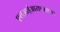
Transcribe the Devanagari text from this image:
एसआईआरएनएएस